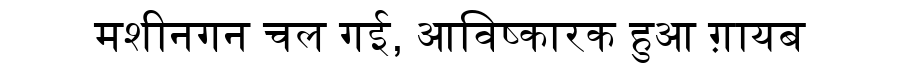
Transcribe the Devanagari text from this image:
मशीनगन चल गई, आविष्कारक हुआ ग़ायब